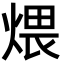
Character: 煨